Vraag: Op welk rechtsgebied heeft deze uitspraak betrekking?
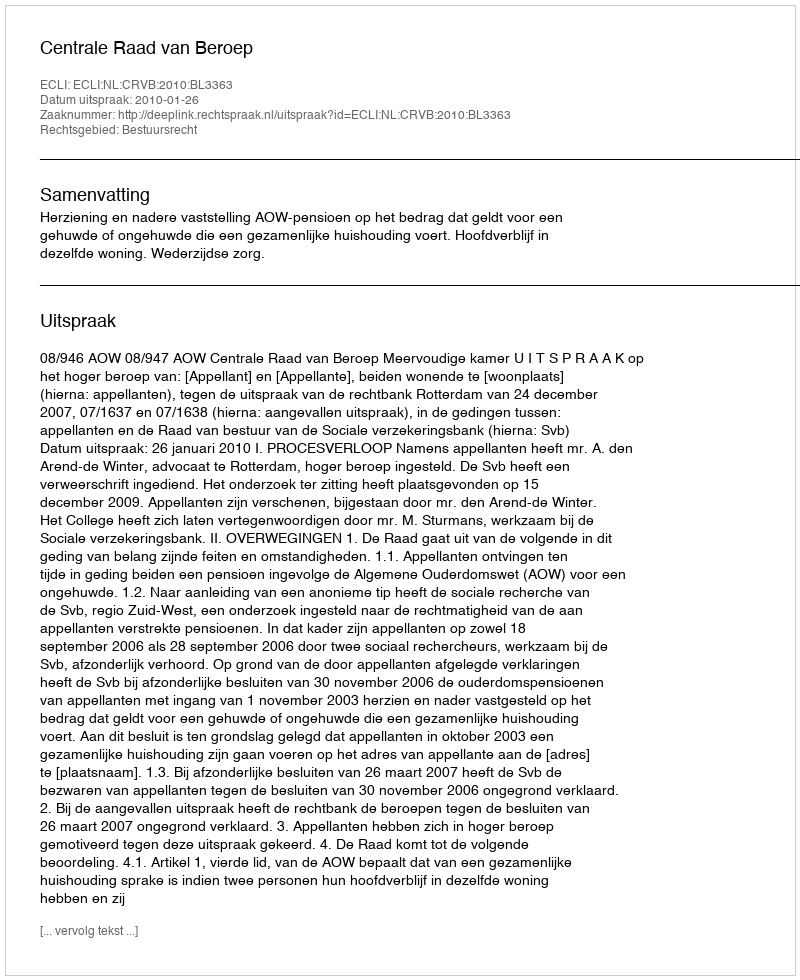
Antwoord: Bestuursrecht